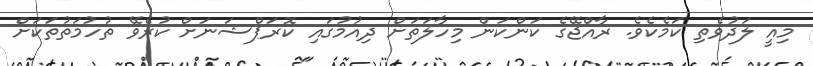
މިއީ ލަދުވެތި ކަމެކެވެ. ރާއްޖޭގެ ކަންކަން މިހާލަތަށް ދިއުމުގައި ކޮރަޕްޝަނަށް ކުރެވޭ ތުހުމަތުތަކަށް